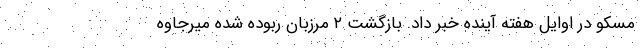
مسکو در اوایل هفته آینده خبر داد. بازگشت ۲ مرزبان ربوده شده میرجاوه